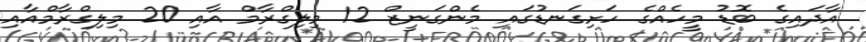
އާދައިގެ ބޮޑު މީހެއްގެ ހަށިގަނޑުގައި މެންގަނީޒް 12 މިލިގްރާމް އާއި 20 މިލިގްރާމްއާއި